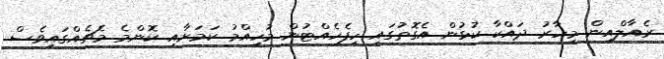
ރެއާލްއިން މިހާރު ދައްކާ ކުޅުން އެގޮތުގައި ހިފެހެއްޓުން މުހިއްމު ކަމަށާއި ކޮންމެ މެޗެއްގައިވެސް